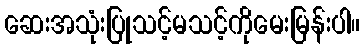
ဆေးအသုံးပြုသင့်မသင့်ကိုမေးမြန်းပါ။